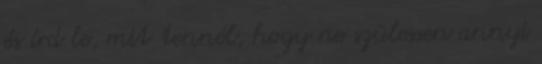
és írd le, mit tennél, hogy ne szülessen annyi